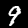
Digit: 9